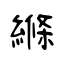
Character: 縧